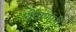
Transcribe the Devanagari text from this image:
घोषणांनी